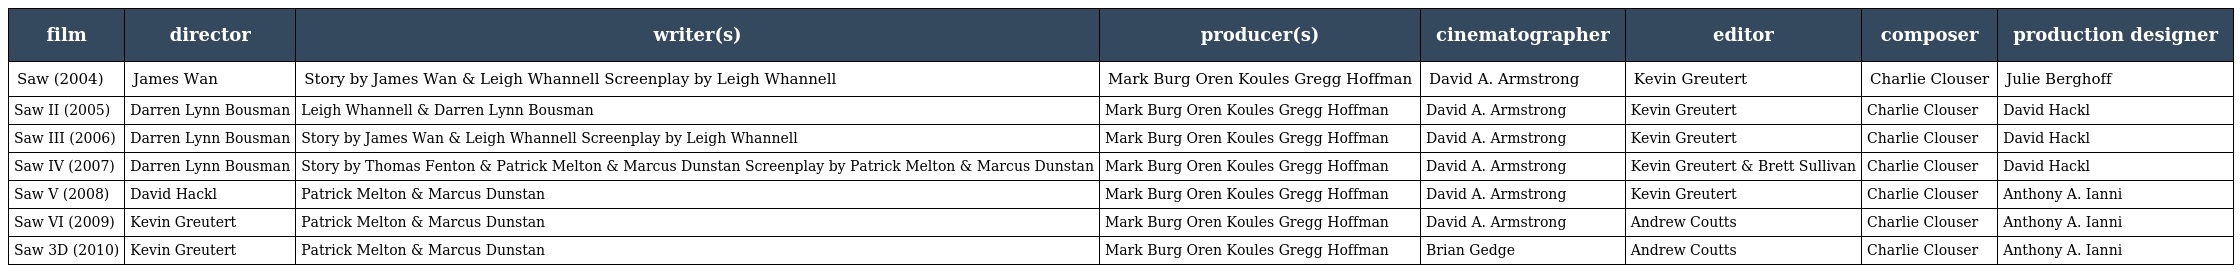
| film | director | writer(s) | producer(s) | cinematographer | editor | composer | production designer |
 | --- | --- | --- | --- | --- | --- | --- | --- |
 | Saw (2004) | James Wan | Story by James Wan & Leigh Whannell Screenplay by Leigh Whannell | Mark Burg Oren Koules Gregg Hoffman | David A. Armstrong | Kevin Greutert | Charlie Clouser | Julie Berghoff |
 | Saw II (2005) | Darren Lynn Bousman | Leigh Whannell & Darren Lynn Bousman | Mark Burg Oren Koules Gregg Hoffman | David A. Armstrong | Kevin Greutert | Charlie Clouser | David Hackl |
 | Saw III (2006) | Darren Lynn Bousman | Story by James Wan & Leigh Whannell Screenplay by Leigh Whannell | Mark Burg Oren Koules Gregg Hoffman | David A. Armstrong | Kevin Greutert | Charlie Clouser | David Hackl |
 | Saw IV (2007) | Darren Lynn Bousman | Story by Thomas Fenton & Patrick Melton & Marcus Dunstan Screenplay by Patrick Melton & Marcus Dunstan | Mark Burg Oren Koules Gregg Hoffman | David A. Armstrong | Kevin Greutert & Brett Sullivan | Charlie Clouser | David Hackl |
 | Saw V (2008) | David Hackl | Patrick Melton & Marcus Dunstan | Mark Burg Oren Koules Gregg Hoffman | David A. Armstrong | Kevin Greutert | Charlie Clouser | Anthony A. Ianni |
 | Saw VI (2009) | Kevin Greutert | Patrick Melton & Marcus Dunstan | Mark Burg Oren Koules Gregg Hoffman | David A. Armstrong | Andrew Coutts | Charlie Clouser | Anthony A. Ianni |
 | Saw 3D (2010) | Kevin Greutert | Patrick Melton & Marcus Dunstan | Mark Burg Oren Koules Gregg Hoffman | Brian Gedge | Andrew Coutts | Charlie Clouser | Anthony A. Ianni |